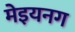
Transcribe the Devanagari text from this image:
मेइयनग